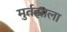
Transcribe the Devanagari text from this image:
मुर्तझाला